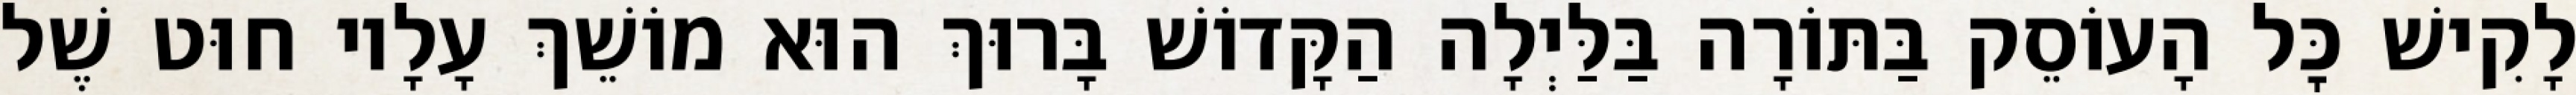
לָקִישׁ כׇּל הָעוֹסֵק בַּתּוֹרָה בַּלַּיְלָה הַקָּדוֹשׁ בָּרוּךְ הוּא מוֹשֵׁךְ עָלָיו חוּט שֶׁל